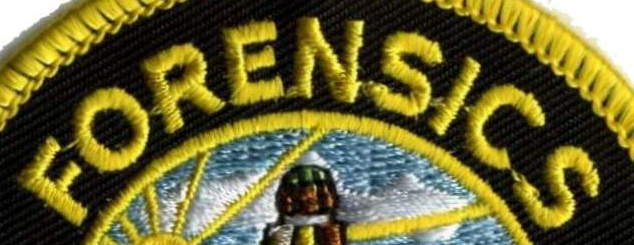
FORENSICS